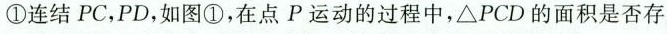
①连结PC，PD，如图①，在点P运动的过程中，△PCD的面积是否存